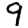
Digit: 9